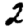
Digit: 2